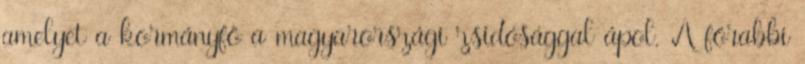
amelyet a kormányfő a magyarországi zsidósággal ápol. A főrabbi